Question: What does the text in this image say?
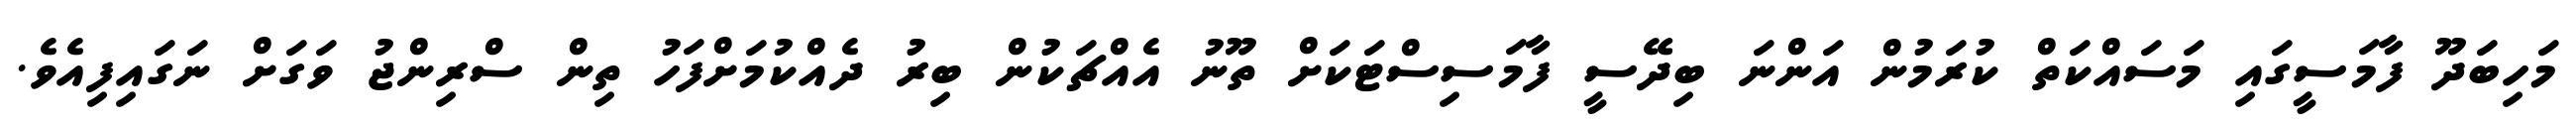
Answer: މަހިބަދޫ ފާމަސީގައި މަސައްކަތް ކުރަމުން އަންނަ ބިދޭސީ ފާމަސިސްޓަކަށް ތޫނު އެއްޗަކުން ބިރު ދެއްކުމަށްފަހު ތިން ސްރިންޖު ވަގަށް ނަގައިފިއެވެ.